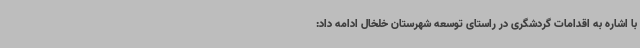
با اشاره به اقدامات گردشگری در راستای توسعه شهرستان خلخال ادامه داد: